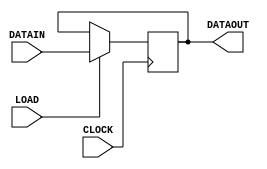
module REGISTER
(
    input CLOCK,
    input LOAD,
    input [15:0] DATAIN,
    output reg [15:0] DATAOUT = 16'b0000_0000_0000_0000
);
    
    always @ (posedge CLOCK)
        begin
            if(LOAD) DATAOUT <= DATAIN;
        end

endmodule

/*****************************************************************************/
/************************* TEST BENCH FOR REGISTER ***************************/
/*****************************************************************************/
module testREGISTER;

    // Registers for inputs
    reg CLOCK, LOAD;
    reg [15:0] DATA;
    // Wires for output
    wire [15:0] OUTPUT;
    
    REGISTER UUT(
        .CLOCK(CLOCK),
        .LOAD(LOAD),
        .DATAIN(DATA),
        .DATAOUT(OUTPUT)
    );
    
    // Initiate registers with values
    initial begin
        CLOCK = 1'b0;
        LOAD = 1'b0;
        DATA = 16'b0000_0000_0000_0000;
    end
    
    // Test
    initial begin
        #10
        CLOCK = 1'b1;
        LOAD = 1'b1;
        DATA = 16'b0110_0100_1100_0010;
        #10
        CLOCK = 1'b0;
        LOAD = 1'b1;
        DATA = 16'b0100_0010_0100_1100;
        #10
        CLOCK = 1'b1;
        LOAD = 1'b0;
        DATA = 16'b0011_0010_0011_1110;
        #10
        $finish;
    end
    
endmodule